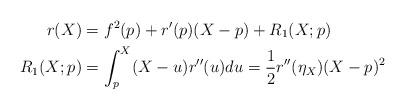
LaTeX: \begin{align*}r(X) & = f^2(p) + r'(p)(X-p) + R_1(X;p) \\R_1(X;p)& =\int_p^X (X-u)r''(u)du = \frac{1}{2}r''(\eta_X)(X-p)^2\end{align*}